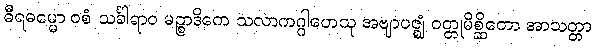
ဓီရဓမ္မော ဝစံ သင်္ခါရာဝ မဉ္စာဒိကေ သလာကဂ္ဂါဟေသု အဗျာပဇ္ဈံ ဝတ္တုမိစ္ဆိတော အာသတ္တာ